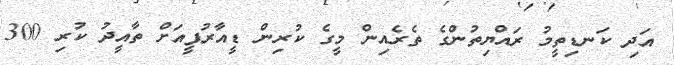
އަދި ކަނޑިތީމު ރައްޔިތުންގެ ތެރެއިން މީގެ ކުރިން ޑީއާރުޕީއަށް ތާއީދު ކުރި 300